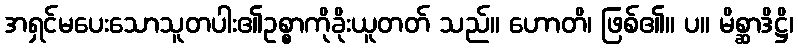
အရှင်မပေးသောသူတပါး၏ဥစ္စာကိုခိုးယူတတ် သည်။ ဟောတိ၊ ဖြစ်၏။ ပ။ မိစ္ဆာဒိဋ္ဌိ၊